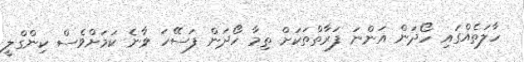
ހާލަތެއްގައި ހޯދަން އަންނަ ފަރާތްތަކަށް ތިމާ ހޯދަން ފަސޭހަ ވާނެ ކަމަށްވެސް ކިންގްލީ